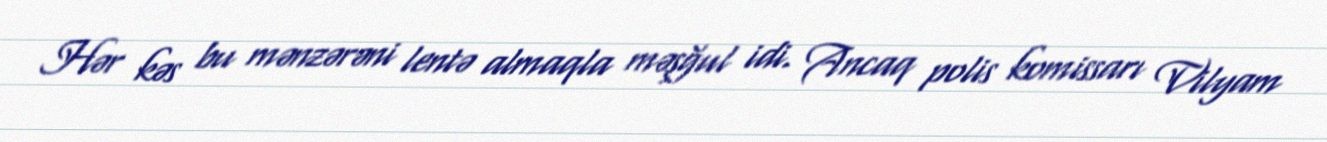
Hər kəs bu mənzərəni lentə almaqla məşğul idi. Ancaq polis komissarı Vilyam